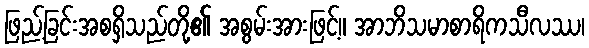
ဖြည့်ခြင်းအစရှိသည်တို့၏ အစွမ်းအားဖြင့်။ အာဘိသမာစာရိကသီလဿ၊